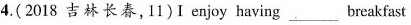
4.( 2018 吉林长春,11)I enjoy having___breakfast